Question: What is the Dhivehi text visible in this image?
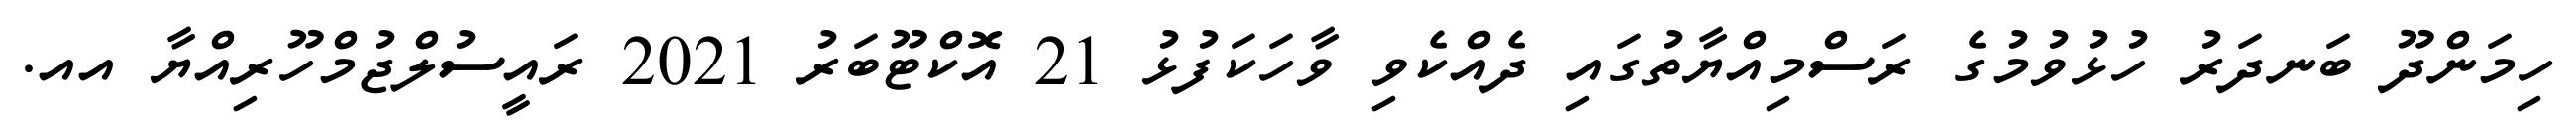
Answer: ހިމަންދޫ ބަނދަރު ހުޅުވުމުގެ ރަސްމިއްޔާތުގައި ދެއްކެވި ވާހަކަފުޅު 21 އޮކްޓޫބަރު 2021 ރައީސުލްޖުމްހޫރިއްޔާ އއ.